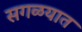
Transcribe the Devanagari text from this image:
सगळयात